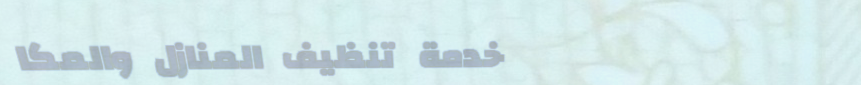
خدمة تنظيف المنازل والمكا